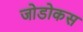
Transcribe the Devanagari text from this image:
जोडोकस